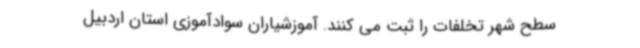
سطح شهر تخلفات را ثبت می کنند. آموزشیاران سوادآموزی استان اردبیل